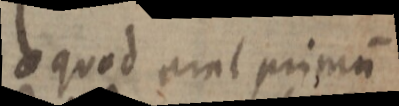
_ quod erat primum